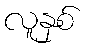
လူနှစ်